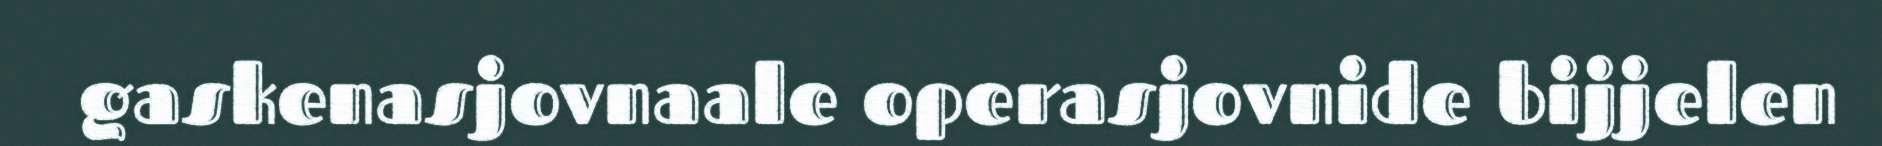
gaskenasjovnaale operasjovnide bijjelen